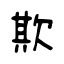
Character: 欺